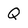
Character: Q